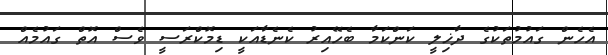
އެހެން ގައުމުތަކުގެ ދާޚިލީ ކަންކަމާ ބެހޭއިރު ކެނެޑާއަކީ ޑިމޮކްރަސީ ވެސް އޮތް ގައުމެއް